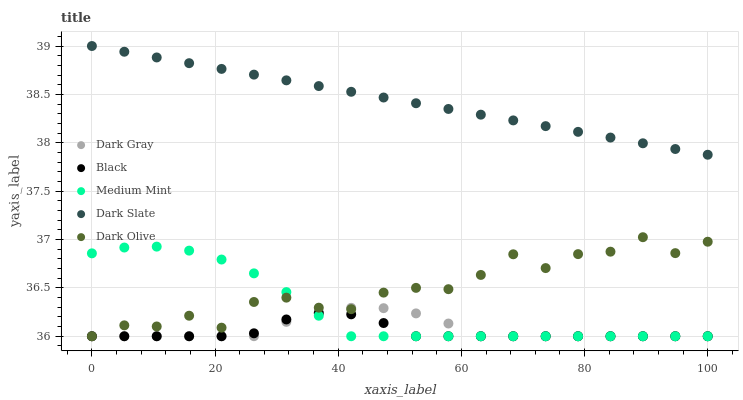
| xaxis_label | Dark Gray | Black | Medium Mint | Dark Slate | Dark Olive |
 | --- | --- | --- | --- | --- | --- |
 | 0 | 36 | 36 | 36.9 | 39 | 36 |
 | 5.26 | 36 | 36 | 36.9 | 38.9 | 36.1 |
 | 10.5 | 36 | 36 | 36.9 | 38.9 | 36.1 |
 | 15.8 | 36 | 36 | 36.9 | 38.8 | 36.2 |
 | 21.1 | 36 | 36 | 36.8 | 38.8 | 36.1 |
 | 26.3 | 36 | 36 | 36.7 | 38.7 | 36.4 |
 | 31.6 | 36.1 | 36.2 | 36.5 | 38.6 | 36.4 |
 | 36.8 | 36.2 | 36.2 | 36.2 | 38.6 | 36.3 |
 | 42.1 | 36.3 | 36.2 | 36 | 38.5 | 36.3 |
 | 47.4 | 36.3 | 36.1 | 36 | 38.5 | 36.5 |
 | 52.6 | 36.2 | 36 | 36 | 38.4 | 36.5 |
 | 57.9 | 36.1 | 36 | 36 | 38.3 | 36.5 |
 | 63.2 | 36 | 36 | 36 | 38.3 | 36.6 |
 | 68.4 | 36 | 36 | 36 | 38.2 | 36.8 |
 | 73.7 | 36 | 36 | 36 | 38.2 | 36.7 |
 | 78.9 | 36 | 36 | 36 | 38.1 | 36.8 |
 | 84.2 | 36 | 36 | 36 | 38.1 | 36.9 |
 | 89.5 | 36 | 36 | 36 | 38 | 37 |
 | 94.7 | 36 | 36 | 36 | 37.9 | 36.9 |
 | 100 | 36 | 36 | 36 | 37.9 | 37 |